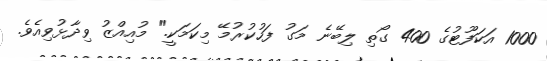
1000 އަކަފޫޓުގެ 400 ގޯތި ލިބޭނެ މަގު ފަހުކުރުމޭ މިކަމަކީ." މުއިއްޒު ވިދާޅުވިއެވެ.